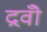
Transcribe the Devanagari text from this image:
द्रवोँ